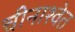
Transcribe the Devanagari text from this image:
चीनाश्वेत